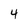
Character: 4